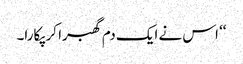
‘‘ اس نے ایک دم گھبرا کر پکارا۔